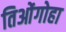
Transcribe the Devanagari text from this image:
तिओंगोहा